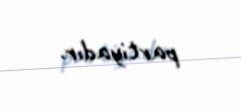
partiyadır.